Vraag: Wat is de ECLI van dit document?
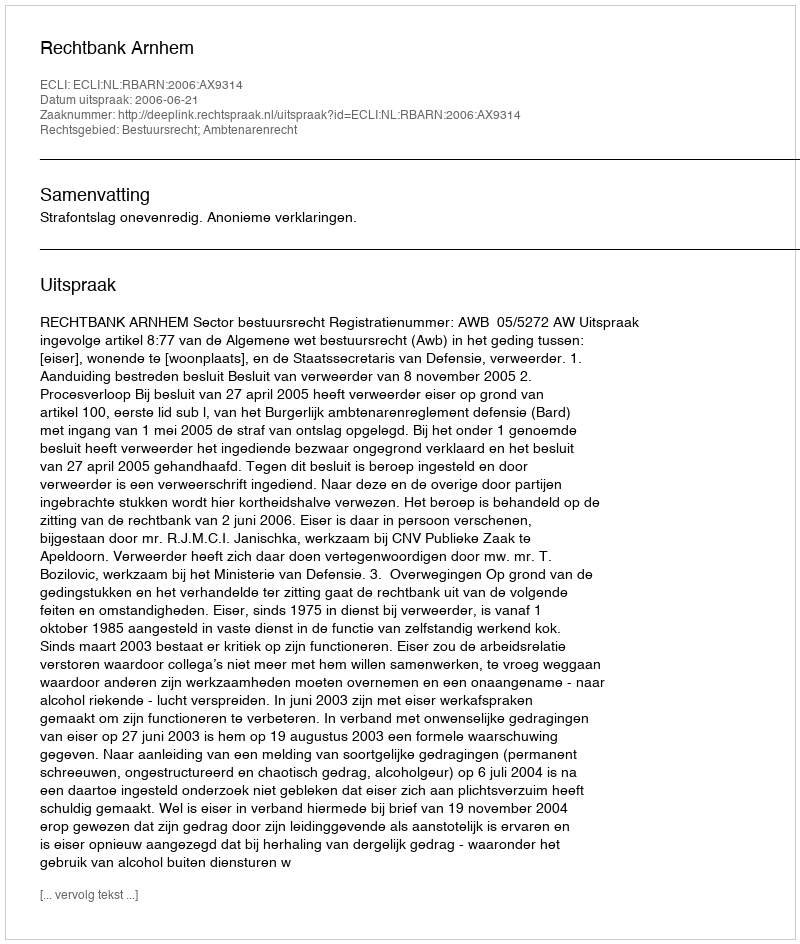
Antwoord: ECLI:NL:RBARN:2006:AX9314